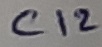
Text: C12